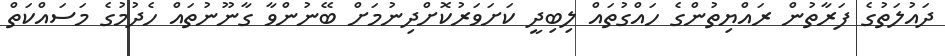
ދައުލަތުގެ ފަރާތުން ރައްޔިތުންގެ ހައްގުތައް ލިބިދީ ކަށަވަރުކޮށްދިނުމަށް ބޭނުންވާ ގާނޫނުތައް ހެދުމުގެ މަސައްކަތް